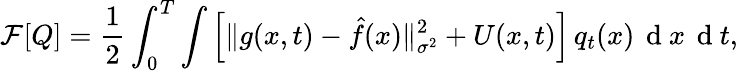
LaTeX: \mathcal{F}[Q]=\frac{1}{2}\int_{0}^{T}\int\Big[\| g(x,t)-\hat{f}(x)\| _{\sigma^{2}}^{2}+U(x,t)\Big]\, q_{t}(x)\, \mathrm{~d~}x\, \mathrm{~d~}t,